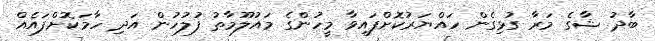
ބާދު ޝާގެ މަރާ ގުޅިގެން ހައްޔަރުކޮށްފައިވާ މީހުންގެ މައުލޫމާތު ފުލުހުން އަދި ހާމަކޮށްފައެއް